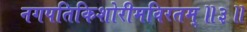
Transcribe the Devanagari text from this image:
नगपतिकिशोरीमविरतम्॥३॥